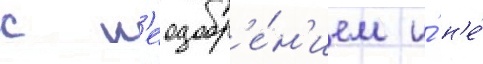
с н'еодобр'е́н'ием и́ н'е́